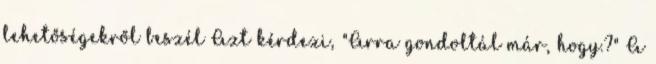
lehetőségekről beszél Azt kérdezi, "Arra gondoltál már, hogy.?" A